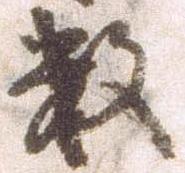
数